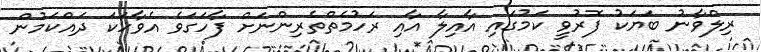
ރިލްވާނު ބަޔަކު ފޮރުވީ ކަމުގައި އާއިލާ އާއި ރަހުމެތްތެރިންނަށް ފާހަގަވެ އެވާހަކަ ދައްކަމުން